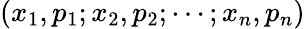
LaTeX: (x_{1},p_{1};x_{2},p_{2};\cdots;x_{n},p_{n})